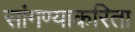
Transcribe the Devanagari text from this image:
सांगण्याकरिता